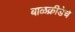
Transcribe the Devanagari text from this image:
बाळक्रीडेचे